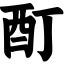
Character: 酊